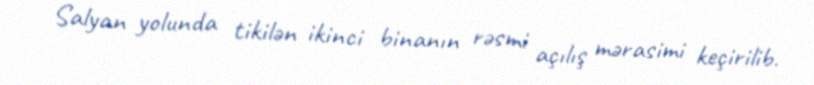
Salyan yolunda tikilən ikinci binanın rəsmi açılış mərasimi keçirilib.